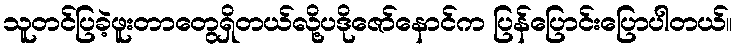
သူတင်ပြခဲ့ဖူးတာတွေရှိတယ်လို့ပဒိုဇော်နောင်က ပြန်ပြောင်းပြောပါတယ်။